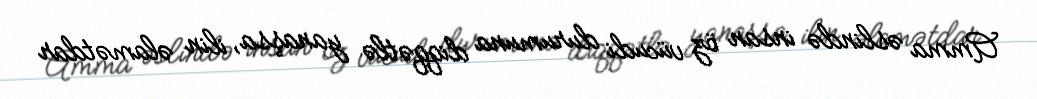
Amma əslində insan öz vücudi durumuna diqqətlə yanaşsa, ilin əlamətdar